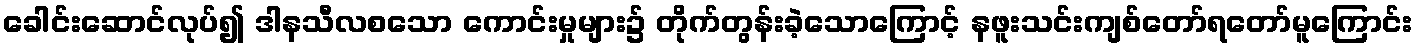
ခေါင်းဆောင်လုပ်၍ ဒါနသီလစသော ကောင်းမှုများ၌ တိုက်တွန်းခဲ့သောကြောင့် နဖူးသင်းကျစ်တော်ရတော်မူကြောင်း